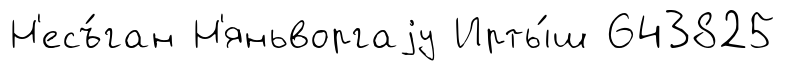
Н'есъ́ган Н'яньворгаjу Ирты́ш 643825